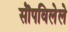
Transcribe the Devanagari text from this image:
सॊपविलेले